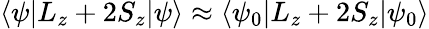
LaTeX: \langle\psi|L_{z}+2S_{z}|\psi\rangle\approx\langle\psi_{0}|L_{z}+2S_{z}|\psi_{0}\rangle